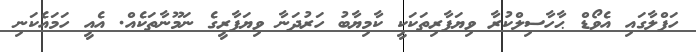
ހަފްލާގައި އެވޯޑް ޙާހާސިލްކުރާ ވިޔަފާރިތަކަކީ ކާމިޔާބު ހަރުދަނާ ވިޔަފާރީގެ ނަމޫނާތަކެއް. އެއީ ހަމައެކަނި